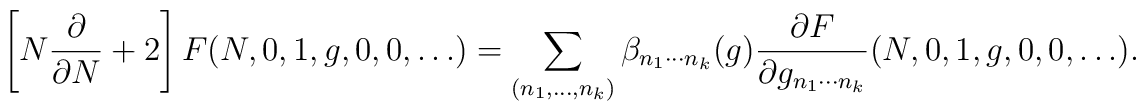
\left[ N\frac{\partial}{\partial N} + 2 \right] F(N,0,1,g,0,0,\ldots) = \sum_{(n_1,\ldots,n_k)} \beta_{n_1\cdots n_k}(g) \frac{\partial F}{\partial g_{n_1\cdots n_k}}(N,0,1,g,0,0,\ldots).